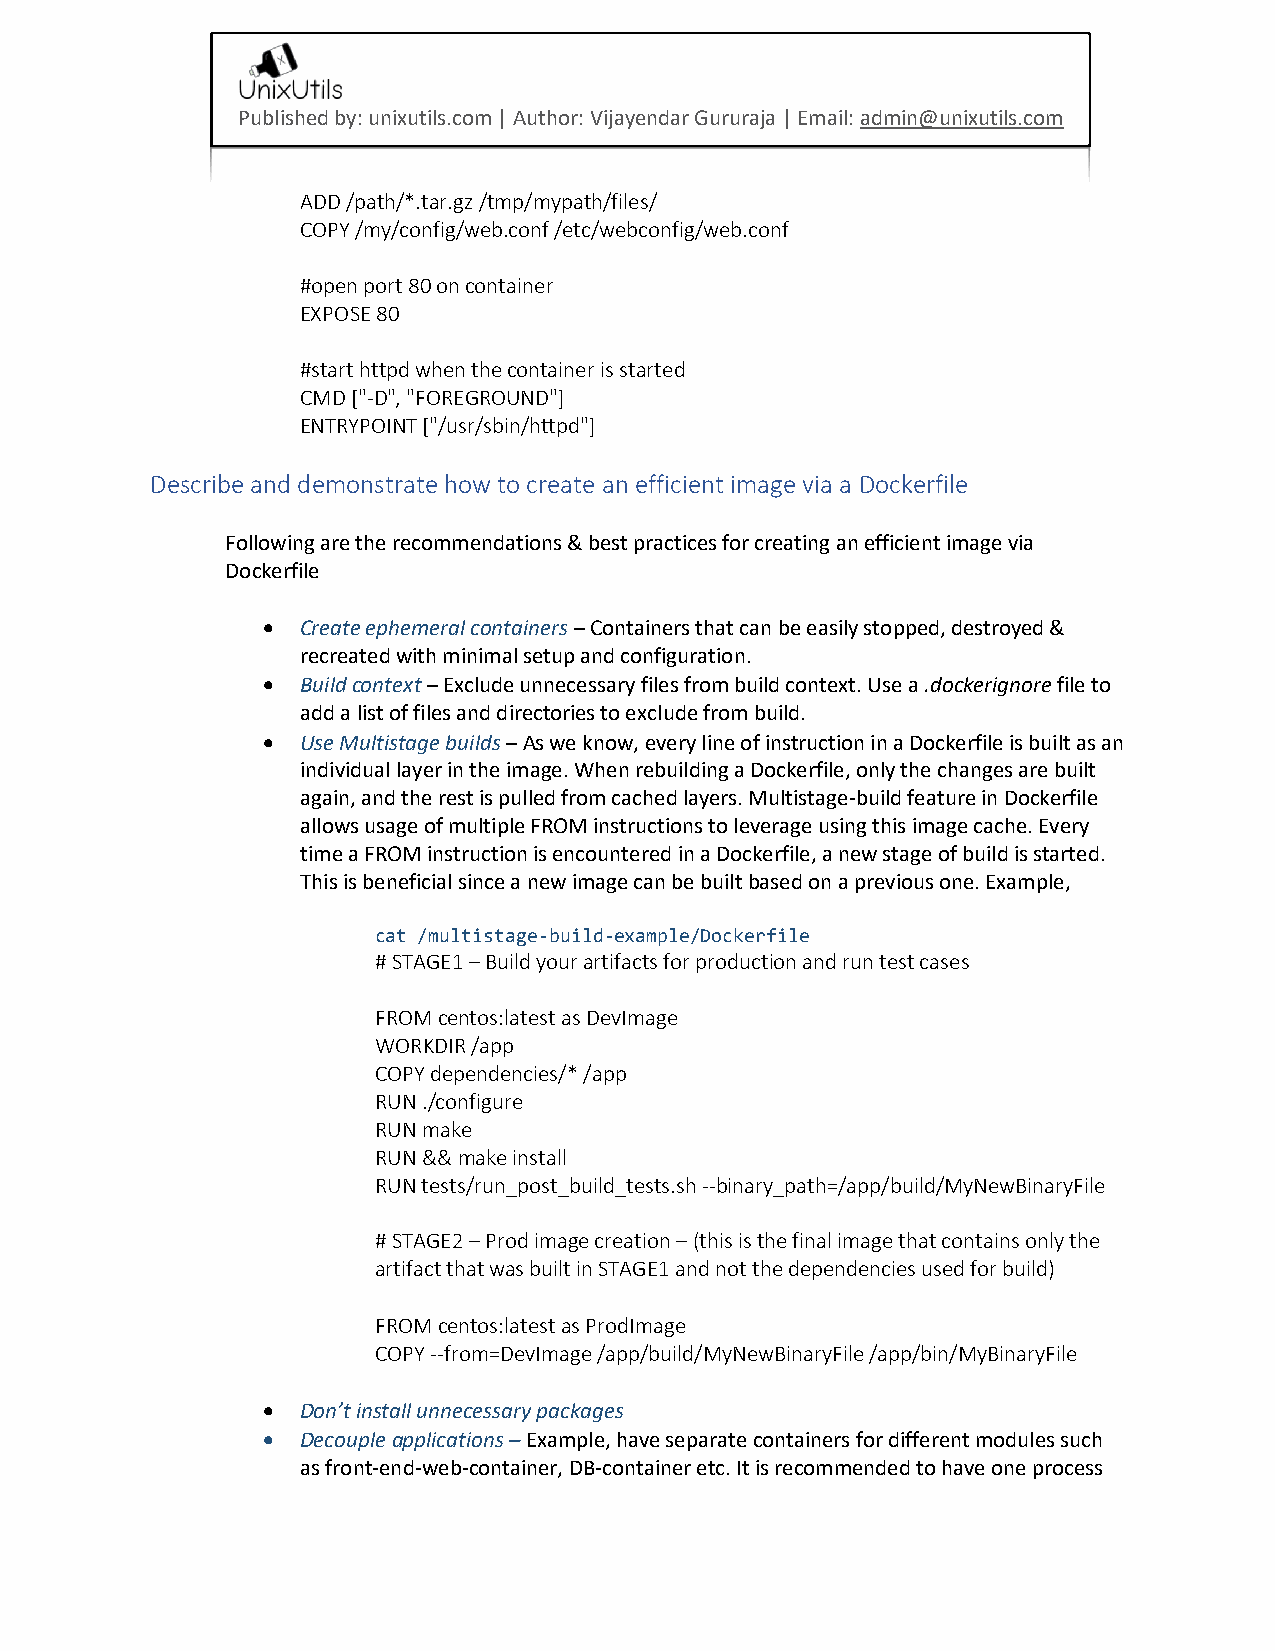
Published by: unixutils.com | Author: Vijayendar Gururaja | Email: admin@unixutils.com
 ADD /path/*.tar.gz /tmp/mypath/files/
 COPY /my/config/web.conf /etc/webconfig/web.conf
 #open port 80 on container
 EXPOSE 80
 #start httpd when the container is started
 CMD ["-D", "FOREGROUND"]
 ENTRYPOINT ["/usr/sbin/httpd"]
 Describe and demonstrate how to create an efficient image via a Dockerfile
 Following are the recommendations & best practices for creating an efficient image via
 Dockerfile
 •  Create ephemeral containers – Containers that can be easily stopped, destroyed &
 recreated with minimal setup and configuration.
 •  Build context – Exclude unnecessary files from build context. Use a .dockerignore file to
 add a list of files and directories to exclude from build.
 •  Use Multistage builds – As we know, every line of instruction in a Dockerfile is built as an
 individual layer in the image. When rebuilding a Dockerfile, only the changes are built
 again, and the rest is pulled from cached layers. Multistage-build feature in Dockerfile
 allows usage of multiple FROM instructions to leverage using this image cache. Every
 time a FROM instruction is encountered in a Dockerfile, a new stage of build is started.
 This is beneficial since a new image can be built based on a previous one. Example,
 cat /multistage-build-example/Dockerfile
 # STAGE1 – Build your artifacts for production and run test cases
 FROM centos:latest as DevImage
 WORKDIR /app
 COPY dependencies/* /app
 RUN ./configure
 RUN make
 RUN && make install
 RUN tests/run_post_build_tests.sh --binary_path=/app/build/MyNewBinaryFile
 # STAGE2 – Prod image creation – (this is the final image that contains only the
 artifact that was built in STAGE1 and not the dependencies used for build)
 FROM centos:latest as ProdImage
 COPY --from=DevImage /app/build/MyNewBinaryFile /app/bin/MyBinaryFile
 •  Don’t install unnecessary packages
 •  Decouple applications – Example, have separate containers for different modules such
 as front-end-web-container, DB-container etc. It is recommended to have one process